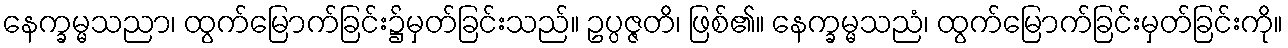
နေက္ခမ္မသညာ၊ ထွက်မြောက်ခြင်း၌မှတ်ခြင်းသည်။ ဥပ္ပဇ္ဇတိ၊ ဖြစ်၏။ နေက္ခမ္မသညံ၊ ထွက်မြောက်ခြင်းမှတ်ခြင်းကို။